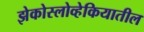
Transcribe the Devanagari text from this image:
झेकोस्लोव्हेकियातील